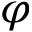
\varphi